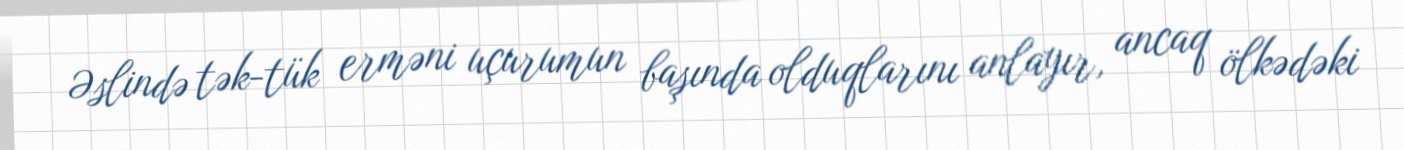
Əslində tək-tük erməni uçurumun başında olduqlarını anlayır, ancaq ölkədəki